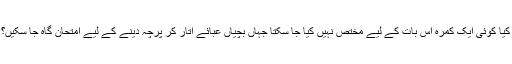
کیا کوئی ایک کمرہ اس بات کے لیے مختص نہیں کیا جا سکتا جہاں بچیاں عبائے اتار کر پرچہ دینے کے لیے امتحان گاہ جا سکیں؟